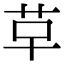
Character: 𮧓